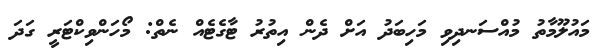
މައުލޫމާތު މުއްސަނދިވި މަހިބަދު އަށް ދެން އިތުރު ޓާގެޓެއް ނެތް: މޯހަންވިކްޓަރީ ގަދަ